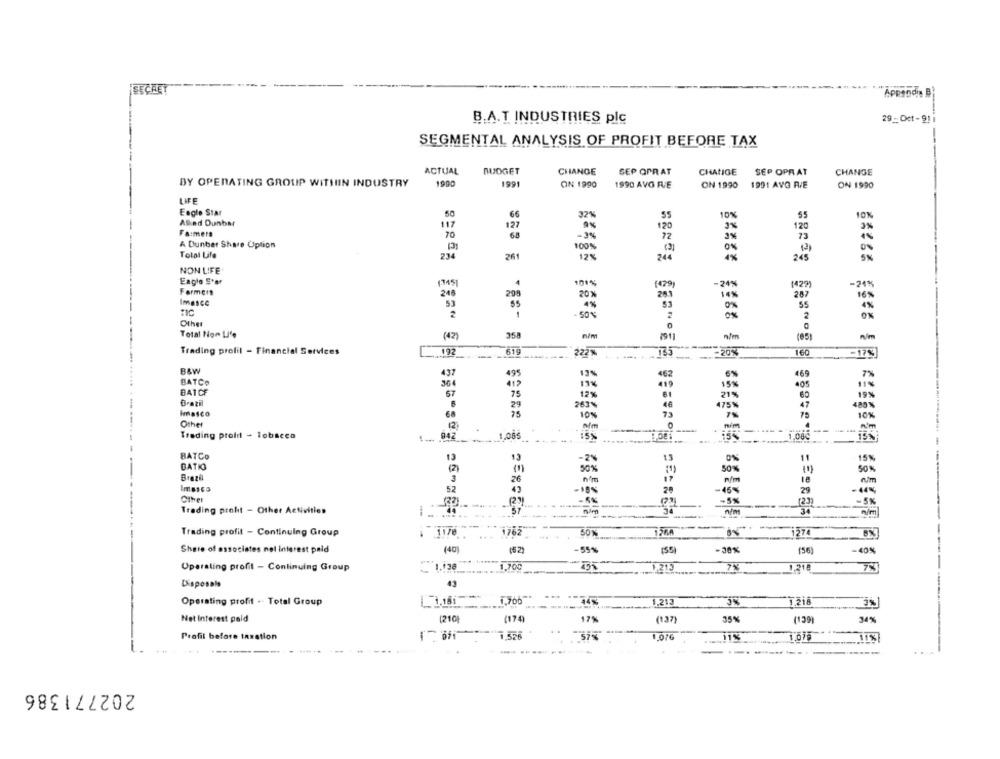
SECRET
B.A.T INDUSTRIES plc
29 - Oct - 91
SEGMENTAL ANALYSIS OF PROFIT BEFORE TAX
ACTUAL
BUDGET
CHANGE
SEP OPRAT
CHANGE
SEP OPRAT
CHANGE
BY OPERATING GROUP WITHIN INDUSTRY
1990
1991
ON 1990
1990 AVO FUE
ON 1990
1991 AVG RIE
ON 1990
LIFE
Eagle Star
66
32%
10%
55
ASted Dunbar
117
127
120
3%
120
3%
Fa:mera
70
-3%
72
3%
73
A Dunber Share Uption
13
100%
0%
Total Life
234
261
12%
244
NON LIFE
Eagle Ster
1745
101%
(429)
-24%
(427)
-24%
Farmers
248
20
20%
283
14%
287
Imasce
53
TIC
55
-50%
2
Other
Total Non Life
358
n/m
n/m
(42)
n/m
(65)
Trading profil - Financial Services
192
222%
735
160
.- 17%
B&W
13%
€62
437
495
6%
469
7%
BATCO
364
19%
BATCF
67
75
12%
0-azil
21%
29
263%
475%
489%
60
75
10%
73
7%
10%
Other
A/m
Trading prold - lobscca
912
1.085
BATCO
-2%
13
13
13
15%
BATI
50%
50%
50%
Brezil
nm
18
26
nim
52
43
-18%
2
-45%
29
-6%
-5%
-5%
Trading proht - Other Activities
-
nim
Trading profit - Continuing Group
BX
. 1176
Share of associates nel Interest paid
(40)
(52
-55%
(35)
-30%
(56)
-40%
Operating profit - Continuing Group
1.700
1.215
7%
1,218
7%
Disposale
43
1.705
Operating profit . Total Group
44%
1,213
Net interest paid
(210)
(174)
17%
(137)
35%
34%
Profil before taxation
7.526
1.076
1.079
11%
--
202771386